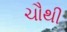
ચૌથી